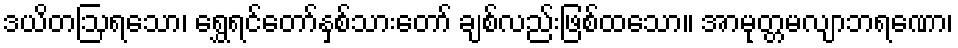
ဒယိတဩရသော၊ ရွှေရင်တော်နှစ်သားတော် ချစ်လည်းဖြစ်ထသော။ အာမုတ္တမလျာဘရဏော၊